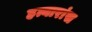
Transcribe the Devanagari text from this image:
हत्यारांस